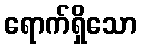
ရောက်ရှိသော